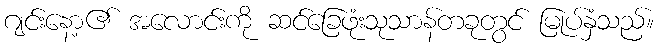
ဂျင်းနော့၏ အလောင်းကို ဆင်ခြေဖုံးသုသာန်တခုတွင် မြုပ်နှံသည်။